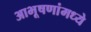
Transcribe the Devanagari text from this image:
आभूषणांमध्ये